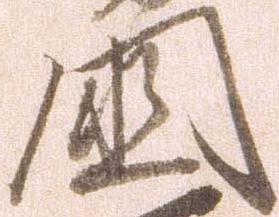
国